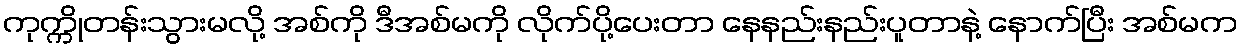
ကုက္ကိုတန်းသွားမလို့ အစ်ကို ဒီအစ်မကို လိုက်ပို့ပေးတာ နေနည်းနည်းပူတာနဲ့ နောက်ပြီး အစ်မက